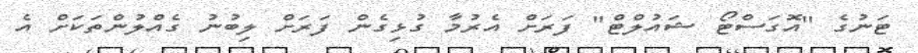
ޓަނުގެ "އޮގަސްޓޯ ޝައުލްޓް" ފަރަށް އެރުމާ ގުޅިގެން ފަރަށް ލިބުނު ގެއްލުންތަކަށް އެ